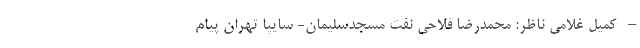
– کمیل غلامی ناظر: محمدرضا فلاحی نفت مسجدسلیمان- سایپا تهران پیام